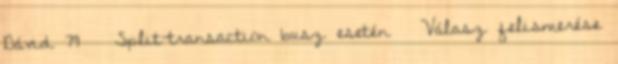
Dávid 79 Split-transaction busz esetén ● Válasz felismerése